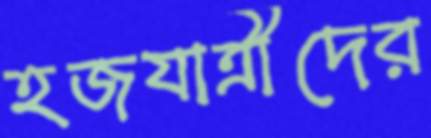
হজযাত্রীদের